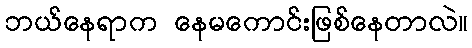
ဘယ်နေရာက နေမကောင်းဖြစ်နေတာလဲ။